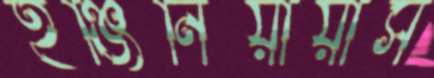
ইঞ্জিনিয়ায়ার্স